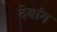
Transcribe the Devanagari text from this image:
देबांग